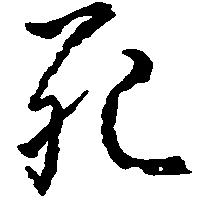
死